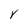
Character: Y